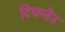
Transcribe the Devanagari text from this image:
टिफनेउ